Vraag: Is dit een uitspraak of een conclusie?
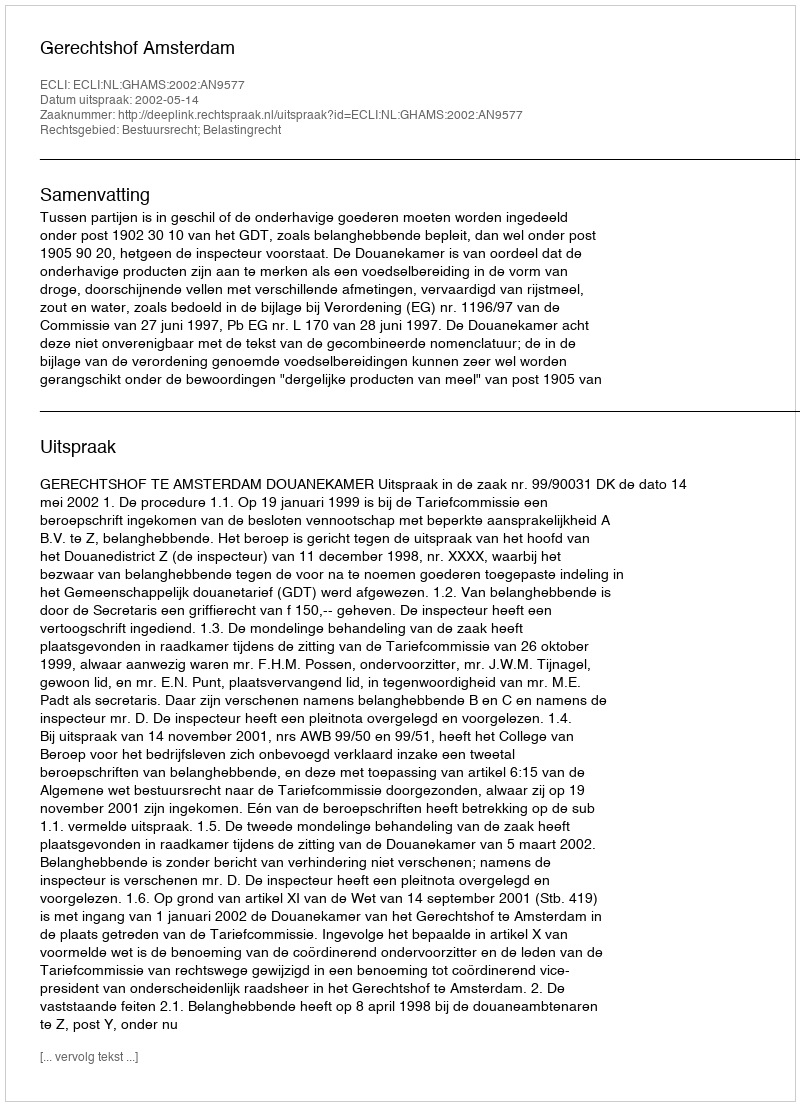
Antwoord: Uitspraak